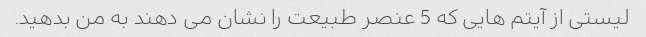
لیستی از آیتم هایی که 5 عنصر طبیعت را نشان می دهند به من بدهید.